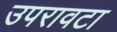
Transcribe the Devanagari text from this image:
उपरावटा